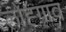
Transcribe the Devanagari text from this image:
लोह्गाव